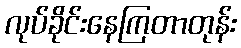
လုပ်ခိုင်းနေကြတာတုန်း